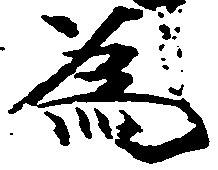
為